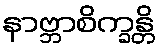
နာဗ္ဘာစိက္ခန္တိ